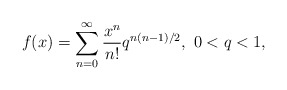
\begin{align*}f(x) = \sum\limits_{n = 0}^\infty {\frac{{{x^n}}}{{n!}}{q ^{ n(n - 1)/2}}},\ 0<q<1,\end{align*}